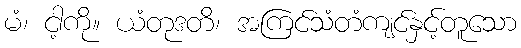
မံ၊ ငါ့ကို။ ယံတုဒတိ၊ အကြင်သံတံကျင်နှင့်တူသော